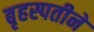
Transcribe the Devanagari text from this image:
बृहस्पतीने